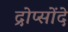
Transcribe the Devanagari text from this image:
द्रोप्सोंदे